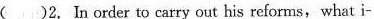
（）2.In order to carry out his reforms, what i-